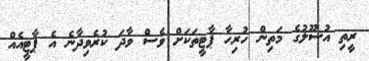
ރީތި އުސޫލުގެ މަތިން ހުރިހާ ޕާޓީތަކަށް ވެސް ވާދަ ކުރެވިދާނެ އެ ޕާޓީއެއް